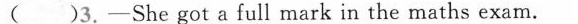
( )3.—She got a full mark in the maths exam.